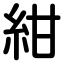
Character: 紺